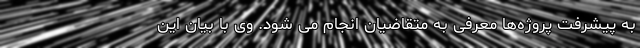
به پیشرفت پروژه‌ها معرفی به متقاضیان انجام می شود. وی با بیان این